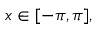
x \in [ - \pi , \pi ] ,